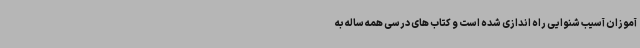
آموزان آسیب شنوایی راه اندازی شده است و کتاب های درسی همه ساله به